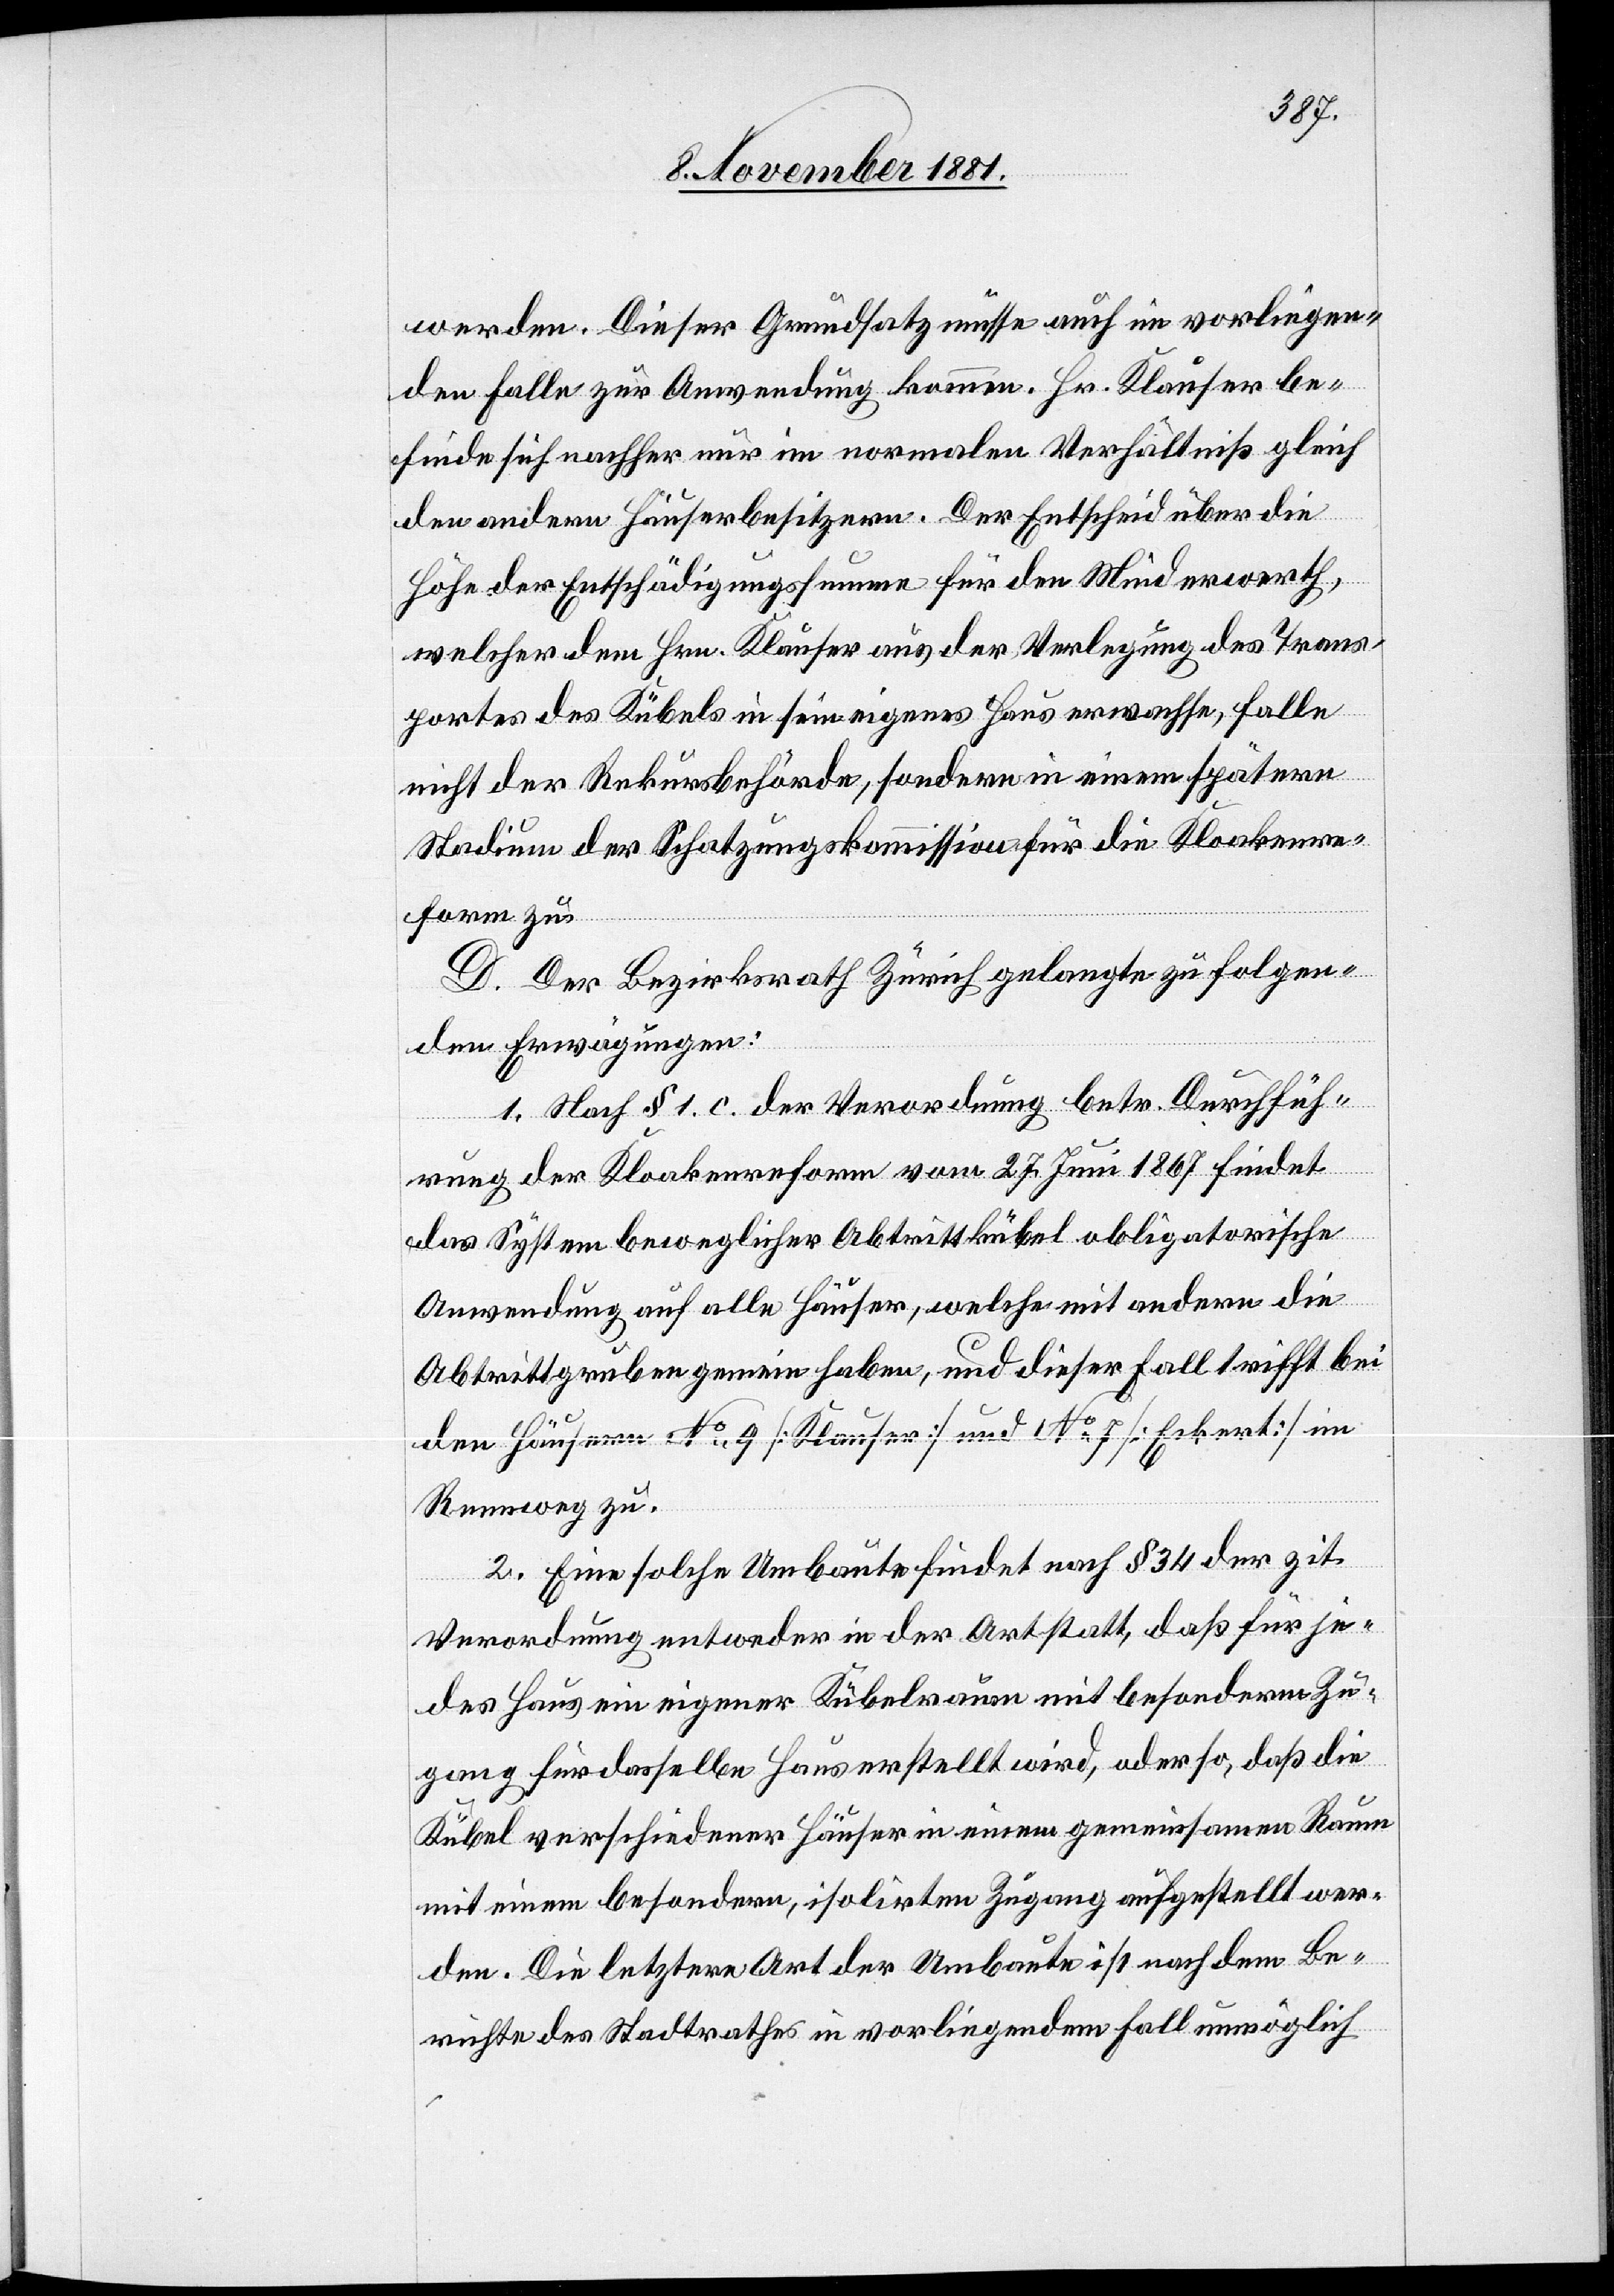
werden. Dieser Grundsatz müsse auch im vorliegen¬
den Falle zur Anwendung kommen. Hr. Klauser be¬
finde sich nachher nur im normalen Verhältniß gleich
den andern Häuserbesitzern. Der Entscheid über die
Höhe der Entschädigungssumme für den Minderwerth,
welcher dem Hrn. Klauser aus der Verlegung des Trans¬
portes des Kübels in sein eigenes Haus erwachse, falle
nicht der Rekursbehörde, sondern in einem spätern
Stadium der Schatzungskommission für die Kloakenre¬
form zu.
D. Der Bezirksrath Zürich gelangte zu folgen¬
den Erwägungen:
1. Nach § 1 c. der Verordnung betr. Durchfüh¬
rung der Kloakenreform vom 27. Juni 1867 findet
das System beweglicher Abtrittkübel obligatorische
Anwendung auf alle Häuser, welche mit andern die
Abtrittgruben gemein haben, und dieser Fall tritt bei
den Häusern No 9 [Klauser] und No 7 [Eckert] im
Rennweg zu.
2. Eine solche Umbaute findet nach § 34 der zit.
Verordnung entweder in der Art statt, daß für je¬
des Haus ein eigener Kübelraum mit besonderm Zu¬
gang für dasselbe Haus erstellt wird, oder so, daß die
Kübel verschiedener Häuser in einem gemeinsamen Raum
mit einem besondern, isolirten Zugang aufgestellt wer¬
den. Die letztere Art der Umbaute ist nach dem Be¬
richte des Stadtrathes in vorliegendem Fall unmöglich